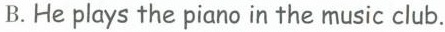
B.He plays the piano in the music club.